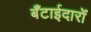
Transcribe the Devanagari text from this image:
बँटाईदारों